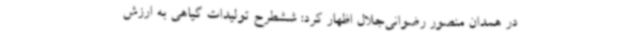
در همدان منصور رضوانی‌جلال اظهار کرد: ششطرح تولیدات گیاهی به ارزش